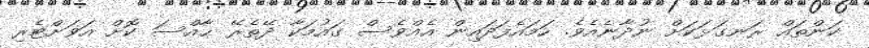
ކަންތައް ރަނގަޅަކަށް ނުދާނެއެވެ. ހަމައެފަދައިން އެއްވެސް ގައުމަކާ ދޭތެރޭ ޙާއްސަ ކޮށް އަވަށްޓެރި